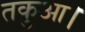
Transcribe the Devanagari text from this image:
तकुआ।